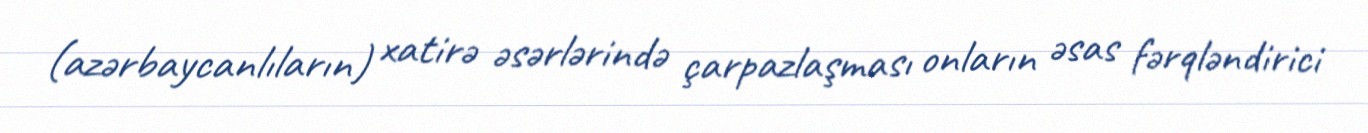
(azərbaycanlıların) xatirə əsərlərində çarpazlaşması onların əsas fərqləndirici